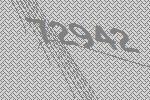
72942